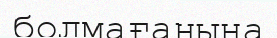
болмағанына